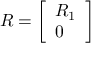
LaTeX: R = { \left[ \begin{array} { l } { R _ { 1 } } \\ { 0 } \end{array} \right] }